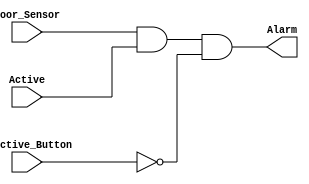
module Security_System(Door_Sensor, Active, Deactive_Button, Alarm);
	input Door_Sensor, Active, Deactive_Button;
	output Alarm;
	reg Alarm;

	always @(Door_Sensor, Active, Deactive_Button)
		begin
			Alarm = Door_Sensor & Active & (~Deactive_Button);
		end
endmodule